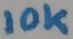
Text: 10K